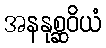
အနနုစ္ဆဝိယံ